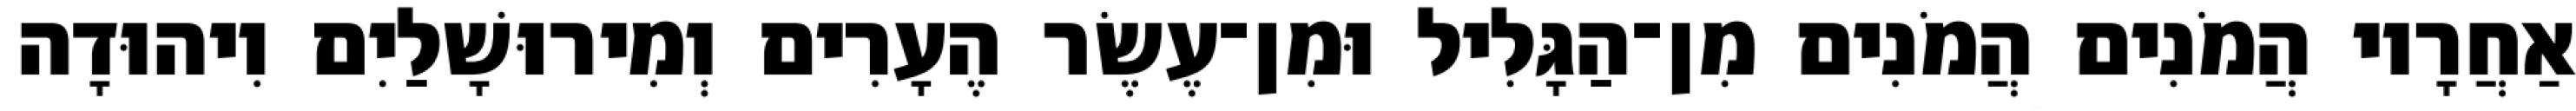
אַחֲרָיו הֲמֹנִים הֲמֹנִים מִן־הַגָּלִיל וּמִן־עֶשֶׂר הֶעָרִים וְמִירוּשָׁלַיִם וִיהוּדָה